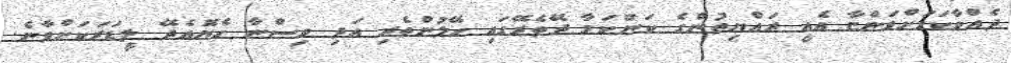
ދެއްވާކަމަށްވަންޏާ އެއީ ރައްޔިތުންގެ ކަންކަމާ ދޭތެރޭގައި ހޭލުންތެރި އަދި ވިސްނާ ހެޔޮއެދޭ ލީޑަރަކަށްވާނެ.